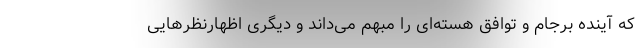
که آینده برجام و توافق هسته‌ای را مبهم می‌داند و دیگری اظهارنظرهایی